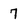
Character: 7